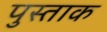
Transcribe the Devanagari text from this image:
पुस्ताक